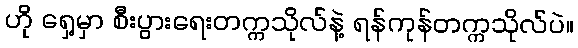
ဟို ရှေ့မှာ စီးပွားရေးတက္ကသိုလ်နဲ့ ရန်ကုန်တက္ကသိုလ်ပဲ။